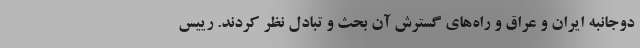
دوجانبه ایران و عراق و راه‌های گسترش آن بحث و تبادل نظر کردند. رییس